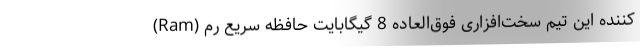
کننده این تیم سخت‌افزاری فوق‌العاده 8 گیگابایت حافظه سریع رم (Ram)